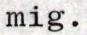
mig.